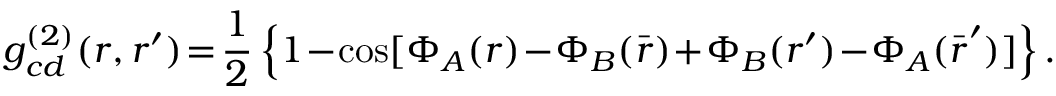
g _ { c d } ^ { ( 2 ) } ( \boldsymbol { r } , \boldsymbol { r } ^ { \prime } ) \! = \! \frac { 1 } { 2 } \left\{ 1 \! - \! \cos [ \Phi _ { A } ( \boldsymbol { r } ) \! - \! \Phi _ { B } ( \bar { \boldsymbol { r } } ) \! + \! \Phi _ { B } ( \boldsymbol { r } ^ { \prime } ) \! - \! \Phi _ { A } ( \bar { \boldsymbol { r } } ^ { \prime } ) ] \right\} .